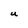
Character: U